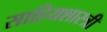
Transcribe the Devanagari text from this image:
साहियशास्त्री